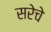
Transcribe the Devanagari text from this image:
सरेचे